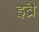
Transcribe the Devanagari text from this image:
इब्रै